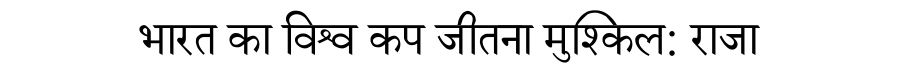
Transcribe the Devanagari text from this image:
भारत का विश्व कप जीतना मुश्किल: राजा